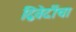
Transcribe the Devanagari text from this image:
द्विवेदींचा